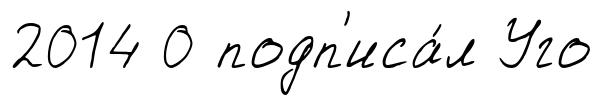
2014 0 подп'иса́л Уго